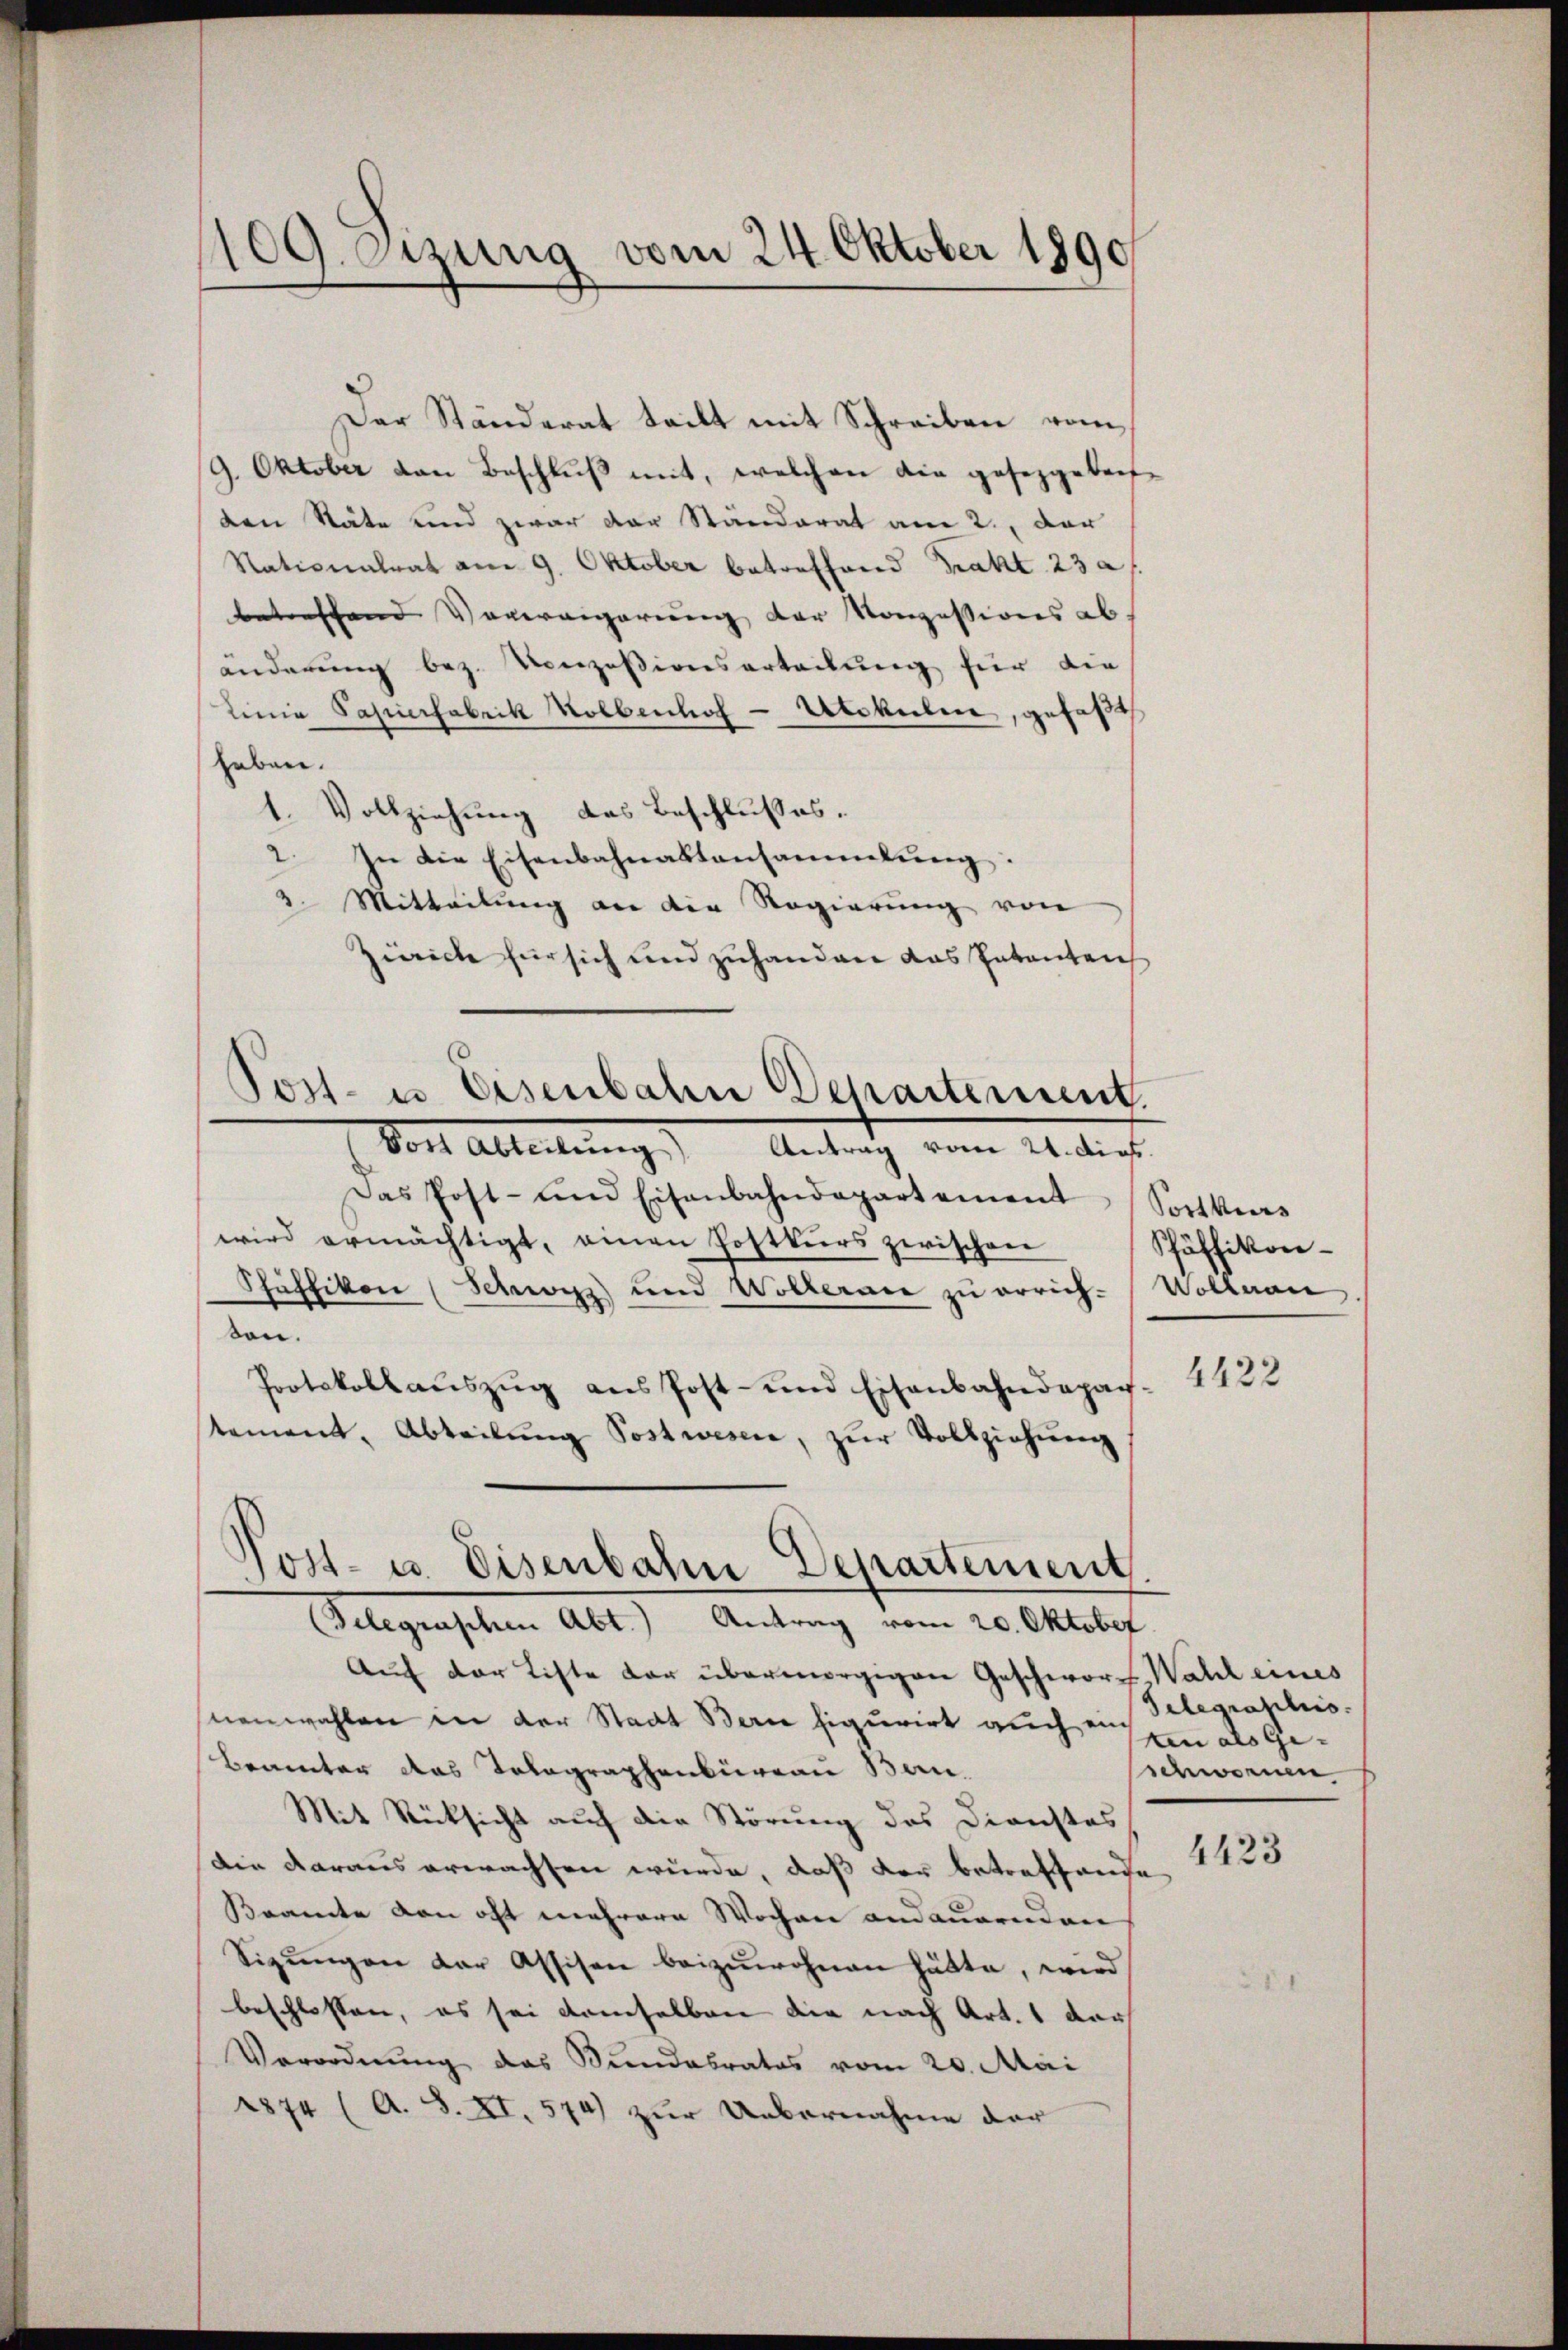
109. Sizung vom 24. Oktober 1890

Der Ständerat teilt mit Schreiben vom
9. Oktober von Beschlŭβ mit, welchen die gesetzgebens-
den Stäte und zwar der Standerat am 2., der
Nationalrat am 9. Oktober betreffend Trakt 23 a
betreffend Verweigerung der Konzessions ab
änderung bez. Konzessionsarteilung für die
linia Papierfabrik Holbenhof - Utokulin, gefaßt
haben.
1. Vollziehung des Beschlusses.
2. In die Eisenbahnaktansammlung:
2. Mitteilung an die Regierung von
ziarich für sich und zuhanden das Intenten
Post- u Eisenbahn Departement.
Dort ableitung. Antrag vom 21. dies
Das Post- und Eisenbahndepartement Sortkir-
wird ermächtigt, einen Postkurs zwischen
Schäffikon (Schwyz) und Wolleraie zu errich-
sen.
Protokollaŭszŭg ans Post- und Eisenbahndepar-
stement, Abteilŭng Postwesen, zŭr Vollziehŭng
Post- u. Eisenbahn Departement
Belegraschen Abt.) Antrag vom 20. Oktober
Auf der Liste der übermorgigen Geschwores Wahl eines
nenwahlen in der Stadt Bern figurirt auchen in als Ge¬
Beamter das Telegraphenbüreau Ban
Mit Rücksicht auch die Störung des Dienstes
Die daraus erwachsen wurde, daß der betreffende
Bramte von oft mehrere Wochen andauernden
Sizŭngen der Assisen beizuwohnen hätte, wird
beschlossen, es sei demselben die nach Art. 1 dar
Verordnung das Bundabrates vom 20. Mai
1874 (A. S. XI. 574) zur Uebernahme der

Pfäffikon-
Wollrau.

4422

Telegraphis
schwornen
4423